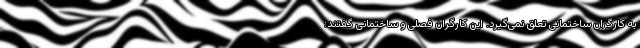
به کارگران ساختمانی تعلق نمی‌گیرد. این کارگران فصلی و ساختمانی گفتند: